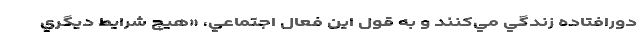
دورافتاده زندگي مي‌كنند و به قول اين فعال اجتماعي، «هيچ شرايط ديگري